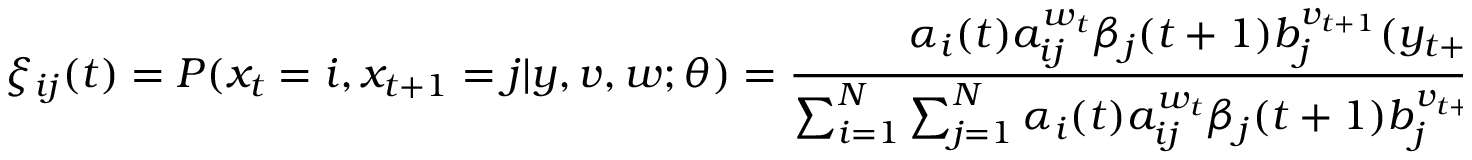
\xi _ { i j } ( t ) = P ( x _ { t } = i , x _ { t + 1 } = j | y , v , w ; \theta ) = { \frac { \alpha _ { i } ( t ) a _ { i j } ^ { w _ { t } } \beta _ { j } ( t + 1 ) b _ { j } ^ { v _ { t + 1 } } ( y _ { t + 1 } ) } { \sum _ { i = 1 } ^ { N } \sum _ { j = 1 } ^ { N } \alpha _ { i } ( t ) a _ { i j } ^ { w _ { t } } \beta _ { j } ( t + 1 ) b _ { j } ^ { v _ { t + 1 } } ( y _ { t + 1 } ) } }